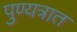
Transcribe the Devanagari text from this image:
पुण्यत्रात